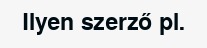
Ilyen szerző pl.